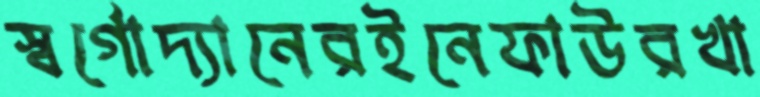
স্বর্গোদ্যানেরইনেফাউরখা